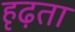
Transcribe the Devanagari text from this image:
हृढ़ता